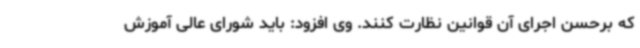
که برحسن اجرای آن قوانین نظارت کنند. وی افزود: باید شورای عالی آموزش